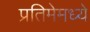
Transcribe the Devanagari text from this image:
प्रतिमेमध्ये